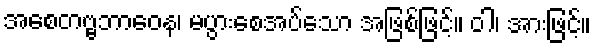
အစေတဗ္ဗဘာဝေန၊ မပွားစေအပ်သော အဖြစ်ဖြင့်။ ဝါ၊ အားဖြင့်။